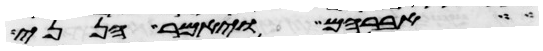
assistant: אברהם ויאמר הנני